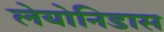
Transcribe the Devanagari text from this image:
लेयोनिडास